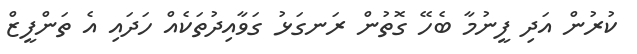
ކުރުން އަދި ފީނުމާ ބެހޭ ގޮތުން ރަނގަޅު ގަވާއިދުތަކެއް ހަދައި އެ ތަންފީޒް